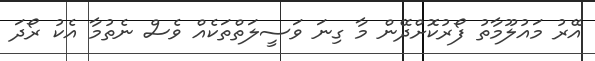
އޭރު މައުލޫމާތު ފޯރުކޮށްދޭން މާ ގިނަ ވަސީލަތްތަކެއް ވެސް ނެތުމާ އެކު ރޯދަ